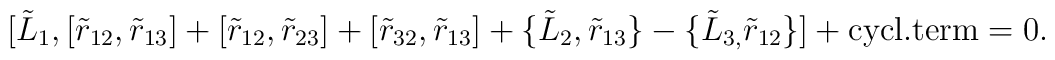
\lbrack\tilde{L}_{1},[\tilde{r}_{12},\tilde{r}_{13}]+[\tilde{r}_{12},\tilde{r}_{23}]+[\tilde{r}_{32},\tilde{r}_{13}]+\{\tilde{L}_{2},\tilde{r}_{13}\}-\{\tilde{L}_{3,}\tilde{r}_{12}\}]+\mbox{cycl.term} =0.